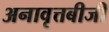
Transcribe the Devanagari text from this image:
अनावृत्तबीजी